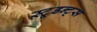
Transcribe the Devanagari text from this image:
स्टूडन्ट्स